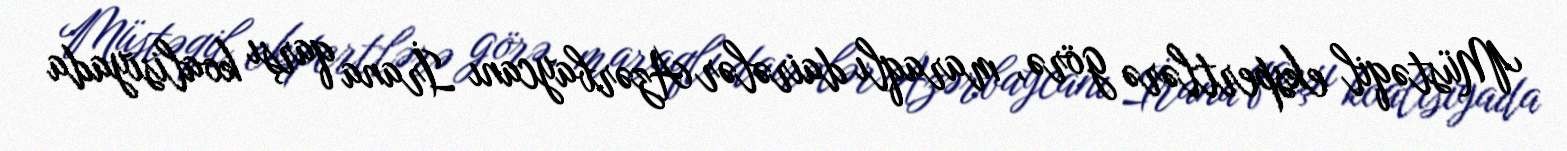
Müstəqil ekspertlərə görə, maraqlı dairələr Azərbaycanı İrana qarşı koalisiyada